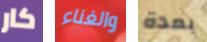
كار والغناء بعدة